Report on sanitation, dispensaries, and jails in Rajputana for 1914, and on vaccination for the year 1914-1915 - 1914-1915
Year: 1914
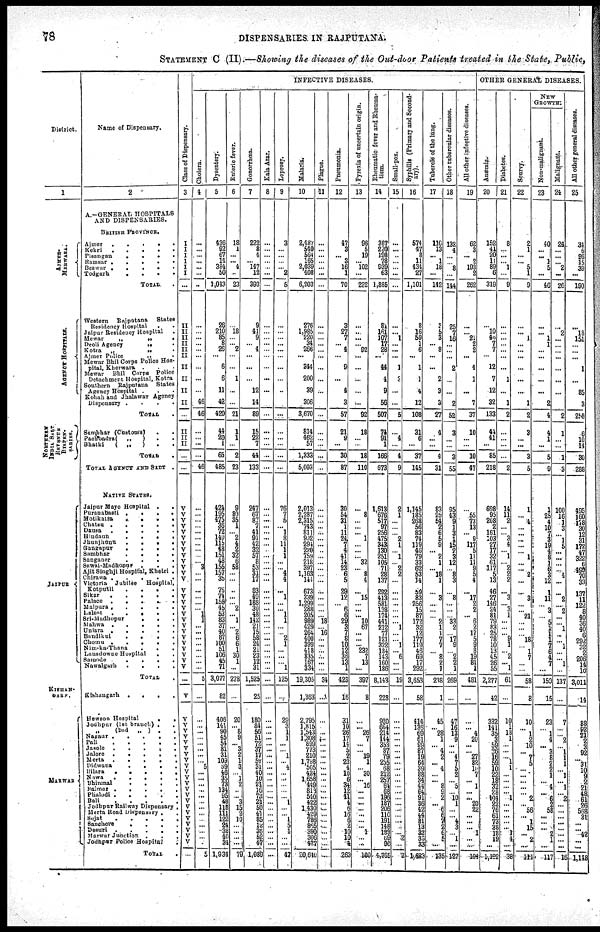
78
DISPENSARIES IN RAJPUTANA.
STATEMENT C (II).—Showing the diseases of the Out-door Patients treated in the State, Public,
District.
1
AJMER¬
MERWARA.
AGENCY HOSPITALS.
NORTHERN
INDIA SALT
REVENUE
DISPEN¬
SARIES.
JAIPUR
KISHAN¬
GARH.
MARWAR
Name of Dispensary.
2
A.—GENERAL HOSPITALS
AND DISPENSARIES.
BRITISH PROVINCE.
Ajmer . . . . .
Kekri
.
.
.
.
.
Pisangan
.
.
.
. .
Ramsar . . . . . .
Benwar . . . . . .
Todgarh
.
.
.
.
TOTAL. .
Western
Rajputana
States
Residency Hospital
.
.
Jaipur Residency Hospital .
Mewar „ „ .
Deoli Ageny „ .
Kotra
„
„
.
Ajmer Police
„
.
Mewar Bhil Corps Police Hos¬
pital, Kherwara .
.
.
Mewar
Bhil Corps Police
Detachment Hospital, Kotra
Southern Rajputana States
Agency Hospital . . .
Kohah and Jhalawar Agency
Dispensary . . . .
TOTAL .
Sambhar(Customs). .
Pachbadra(
„
)
. .
Bhatki
(
„
) . .
TOTAL
.
TOTAL AGENCY AND SADT .
NATIVE STATES.
Jaipur Mayo Hospital .
.
Puranabasti .
.
.
.
Motikatra
.
.
.
.
Chatsu .
.
.
.
.
Dausa
.
.
.
.
.
Hindaun
.
.
.
.
Jhunjhunu
.
.
.
.
Gangapur
.
.
. .
Sambhar
.
.
.
.
Sanganer
.
.
. .
Sawai-Madhopur
. . .
Ajit Singhji Hospital, Khetri .
Chirawa .
.
.
.
.
Victoria
Jubilee
Hospital.
Kotputli
.
.
. .
Sikar
.
.
.
.
.
Palace .
.
.
. .
Malpura .
.
.
. .
Lalsot
.
.
.
. .
Sri-Madhopur
.
. .
Mahwa .
.
.
. .
Uniara .
.
.
.
Bandikui
.
.
. .
Chomu .
.
.
.
Nim-ka-Thana
.
. .
Lansdowne Hospital
. .
Samode
.
.
. .
Nawalgarh
.
. . .
TOTAL .
Kishangarh
.
.
. .
Hewson Hospital
. .
Jodhpur (1st branch) . .
„ (2nd
„ ) . .
Nagaur .
.
.
.
Pali
.
.
.
. .
Jasole
.
.
.
. .
Jalore
.
.
.
.
Merta
.
.
.
.
Dldwana
.
.
. .
Bilara
.
.
.
. .
Nawa
.
.
.
. .
Bhinmal
.
.
. .
Halmer .
.
.
. .
Phalodi .
.
.
.
Bali
.
.
.
. .
Jodhpur Railway Dispensary .
Merta Road Dispensary . .
Sojat
.
.
.
. .
Sanchore
.
.
. .
Desuri .
.
.
. .
Marwar Junction . . .
Jodhpur Police Hospital .
TOTAL .
INFECTIVE DISEASES.
Class of Dispensary.
3
I
I
I
I
I
I
...
II
II
II
II
II
II
II
II
II
II
...
II
II
II
...
...
V
V
V
V
V
V
V
V
V
V
V
V
V
V
V
V
V
V
V
V
V
V
V
V
V
V
V
...
V
V
V
V
V
V
V
V V
V
V
V
V
V
V
V
V
V V
V
V V
V
...
Cholera.
4
...
...
...
... ...
...
..
...
... ...
... ...
...
...
...
...
46
46
...
...
...
...
46
...
...
...
...
...
...
...
...
...
... 3
...
...
...
...
...
... 1
1
...
...
...
...
...
...
... ...
5
...
...
...
...
...
...
...
...
...
5 ...
...
...
... ...
... ...
...
...
...
...
...
...
5
Dysentery.
5
436
92
67
14
384
50
1,043
26
210
85
8
26
...
6
6
11
42
420
44
20
1
65
485
424
195
475
36
72
140
115
48
151
48
155
157
35
76
74
158
45
53
83
37
40
87
100
51
106
45
71
3,077
82
406
141
90
45 54
81 31
109
59
46
35
73
134
95
48
118
111
122
24
38
40 34
1,934
Enteric fever.
6
18
1
...
... 4
...
23
...
18
...
... 2
...
...
1
...
...
21
1
1
...
2
23
9
89
35
1
...
2
4 2
32
6
58
...
...
..
...
...
2
...
1
...
2
6 6
1
30
1
...
278
...
20
...
8
9
...
3
2
1
3
...
1
2
...
...
3
15
2
10
...
...
...
...
79
Gonorrhœa.
7
222
8
4
... 147
12
393
9
41
9
... 4
...
...
...
12
14
89
15
22
7
44
133
247
67
87
7
41
91
45
32
57
8
53
31
17
83
49
188
30
48
142
21
15
58
24
21
23
12
31
1,525
25
180
84 56
51
72 37
17
57
31
40
10
21
16
73
21
50
41
85
12 36
52
47
1,989
Kala Azar.
8
...
...
...
... ...
...
...
...
... ...
... ...
...
...
...
...
...
...
...
...
...
...
...
...
...
...
...
...
...
...
...
... ...
...
...
...
...
...
...
...
...
...
...
...
...
...
...
...
... ...
...
...
...
...
... ...
...
...
...
...
...
...
...
...
...
...
... ...
...
...
...
... ...
...
...
Leprosy.
9
3
...
...
... ... 2
5
...
... ...
... ...
...
...
...
..
...
...
...
...
...
...
...
76
7
5
... 1
8
11
1
1
...
... 4
4
...
...
...
... 1
1
...
...
2
1 ...
...
... 1
125
...
29
3
1
1
... ...
1
... 4
...
...
...
...
... 1
...
...
1 5
1
...
...
47
Malaria.
10
2,487
540
564
165
2,039
408
6,203
276
1,985
220
34
266
...
344
200
39
306
3,670
814
462
57
1,333
5,003
2,013
2,287
2,315
743
811
902
294
220 759
218
397
1,163
144
673
339
1,299
288
205
989
429
264
400
399
418
835
167
334
19,305
1,363
2,795
1,815
1,543
1,308
899
773
210
1,798
505
424
1,658
449
818
540
422
1,430
429
786
865
390
306
477
20,640
Plague.
11
...
...
...
... ...
...
...
...
... ...
... ...
...
...
...
...
...
...
...
...
...
...
..
...
...
...
...
...
...
...
..
...
...
...
...
...
...
...
...
..
...
18
...
16
...
...
... ...
...
...
34
...
...
...
... ...
...
...
...
...
...
...
...
...
...
...
... ...
...
...
...
...
...
...
Pneumonia.
12
47
3
... 3
16
1
70
3
27
7
... 4
...
9
...
4
3
57
21
9
...
30
87
30
54
31
1
11
24
7
4
41
14
23
6
5
29
12
... 6
6
29
3 7
8
10
12
36
13
1
423
16
31
10
26
17
14
5
2
23
4
10
6
34
12
11 4
6
16
6
2
10
10
4
263
Pyrexia of uncertain origin.
13
96
5
19
... 102
...
222
...
... ...
... 92
...
...
...
...
...
92
18
...
...
18
110
...
8
...
...
... 1
...
...
...
32
... 8
4
...
15
...
... ...
10
67
...
... ...
232
7
13
...
397
8
...
...
26
7
...
...
19
1
...
30
...
16
...
...
...
...
...
...
...
1
...
...
100
R heumatic fever and Rheuma-
tism.
14
387
220
198
78
939
63
1,885
81
161
107
17
28
...
44
4
9
56
507
74
91
1
166
673
1,613
676
517
97
256
475
343
130
251
105
71
28
137
292
413
581
138
174
441
215
77
121
322
184
143
160
186
8,143
228
920
664
214
144
353
87
79
255
68
212
257
64
68
196
187
206
110
191
148
183
69
90
4,765
Small-pox.
15
...
...
...
... ...
...
...
...
... 1
...
...
...
1
3
...
...
5
...
4
...
4
9
2
1
...
...
... 2
1
...
1
...
2 2
...
...
...
...
... ...
...
1
...
...
1
... 6
... ...
19
...
...
... ...
...
...
...
... ...
...
...
...
...
...
....
...
...
...
...
...
...
2
...
2
Syphilis (Primary and Second-
ary).
16
574
47
8
11
434
27
1,101
8
16
59
1
6
...
1
1
4
12
108
31
6
...
37
145
1,145
185
268
56
83
74
119
46
79
33
62
53
14
59
83
256
15
87
172
32
12
177
119
46
69
17
292
3,653
58
414
136
69
61
99
87
19 64
39
88
34
44
64
91
36 42
44
81
13
32 33
33
1,623
Tubercle of the lung.
17
116
13
... 1
18
...
142
3
5
3
... 8
...
...
2
3
3
27
4
...
...
4
31
83
25 54
2 6
5
9
... 2
1
... 18
1
...
3
...
...
...
2
1
1 7
7
... 8
2 1
238
1
45
...
28
1
...
4
2
...
4
...
...
8
9
2
...
6
6
7
2
6
5
...
135
Other tubercular diseases.
18
132
4
...
... 8
...
144
25
7
16
... ...
...
2
...
...
2
52
3
...
...
5
55
95
43
9
1
3
1 15
2
3 12
... 8
3
...
8
...
...
...
33
2
...
17
9
... 2
2
1
269
...
47
16 13
9
... ...
4
7
5
2
... 5
...
10
1 ...
... 4
3
...
1
...
127
Al1 other infective diseases.
19
62
3
... 2
193
2
262
...
... 21
2
2
...
4
1
...
7
37
10
...
...
10
47
...
55
73
13
... 9
117
5
11
11
9
5
4
...
17
2
2
... 6
2
17
5
9
8
19
81
1
481
...
...
...
4
20
...
... 27
82
10
7
... 1
... ...
20
22
... ...
...
1
...
...
194
OTHER GENERAL DISEASES.
Anæmia.
20
152
41
20
11
89
6
319
...
10
46
7
7
...
12
7
12
32
133
44
41
...
85
218
698
95
208
2
161
103
27 17 32
61
117
5
13
46
27
146
24
81 79
83
25
78
10
13
45
26
55
2,277
42
332
141
35
3
59 26
16
59 10
22
17 32
28 104
22
76
61 73
38
18
19
...
1,192
Diabetes.
21
8
...
...
... 1
...
9
...
... ...
... ...
...
...
1
...
1
2
...
...
...
...
2
14
11
2
...
... 3
4
... 1
... 2
2 2
...
3
... 3
1
...
...
... 9 1
...
2
...
1
61
...
10
1
13
1
...
... ...
1
1
...
...
...
... 1
...
...
...
...
...
1
4
...
38
Scurvy.
22
2
1
...
... 5
1
9
...
... 1
... ...
...
...
...
...
1
2
3
...
...
3
5
1
... 4
...
...
...
...
...
1 ...
...
2
...
...
3 ...
... 21
...
...
... 18
... 1 7
...
...
58
8
10
...
1
2
10
...
7
5
...
... ...
...
... 2
... 56
...
1 15
...
2
...
111
NEW
GROWTH.
Non-malignant.
23
40
...
... 1
5
...
46
...
... 1
1
...
...
...
...
...
2
4
4
1
...
5
9
1
25
4
10
7
3
19
4
8
1
6
3
12
1
11
... 3
...
5
1
1 1
7 6
4
7 ...
150
15
23
... 1
4
...
3
8
2
2 1
...
4
...
6
2 58
... ...
...
2
1
...
117
Malignant.
24
24
...
...
... 2
...
26
...
2
...
...
...
...
...
...
...
...
2
1
...
...
1
3
100
16
1
3
...
1
5
...
...
...
... 4
... ...
2
... 2
...
...
1
...
...
1
...
...
1
...
137
...
7
...
...
2
...
1
1 1
...
1
... 1
... 2
...
...
... ...
... ...
...
...
16
All other general diseases.
25
34
6
96
15
39
...
190
...
18
151
... ...
...
1
...
85
3
258
6
10
14
30
288
495
160
178
30
12
31
172
47
322
6
499
70
33
137
11
122
8
40
36
40
6
292
32
2
206
14
10
3,011
14
88
92
21
2
3 92
... 31
10
9
2 2
48
61
26
568
31 ...
... 42
...
...
1,148